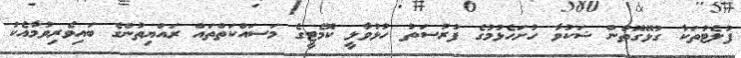
ފުލެޓުތަކާ ގުޅޭގޮތުން ޝަކުވާ ހުށަހެޅުމުގެ ފުރުސަތު ހުޅުވާލީ ކޮމެޓީގެ މަސައްކަތްތައް ރައްޔިތުންގެ ބައިވެރިވުމާއެކު